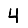
Digit: 4